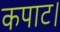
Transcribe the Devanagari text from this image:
कपाट।